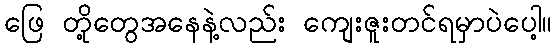
ဖြေ တို့တွေအနေနဲ့လည်း ကျေးဇူးတင်ရမှာပဲပေါ့။